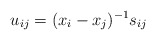
\begin{gather*}u_{ij}=(x_i-x_j)^{-1} s_{ij}\end{gather*}